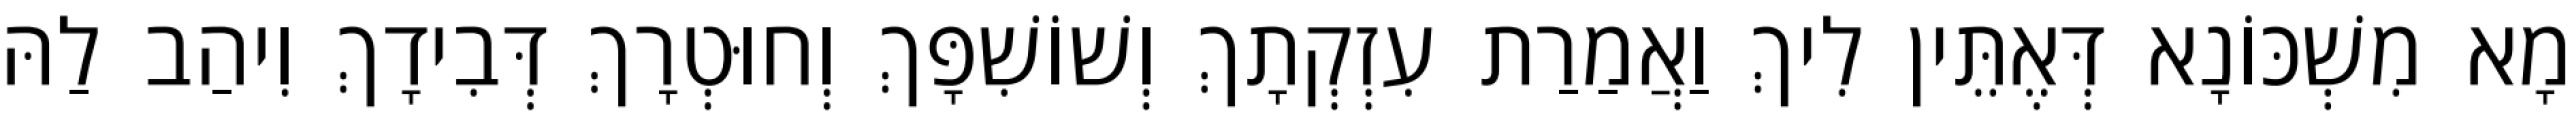
מָא מִשְׁכּוֹנָא דְּאֶתֵּין לִיךְ וַאֲמַרַת עִזְקְתָךְ וְשׁוֹשִׁפָּךְ וְחוּטְרָךְ דְּבִידָךְ וִיהַב לַהּ